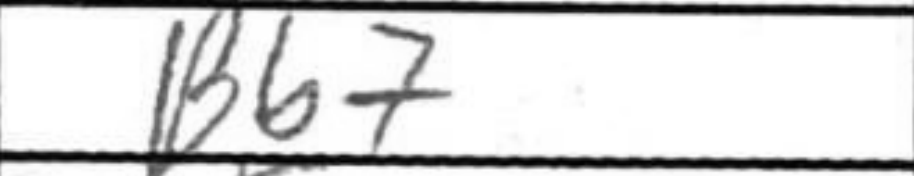
Transcription: Bb7